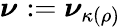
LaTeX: \boldsymbol{\nu}_{}:=\boldsymbol{\nu}_{\kappa(\rho)}